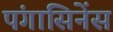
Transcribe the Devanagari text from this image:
पंगासिनेंस